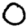
Digit: 0